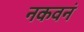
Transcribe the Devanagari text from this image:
नकवनं